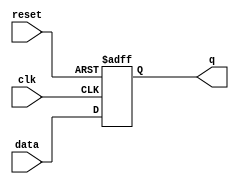
module async_reset_ff (
    input wire reset,      // Asynchronous reset (active-high)
    input wire clk,        // Clock signal
    input wire data,       // Data input signal
    output reg q           // Output stored state
);

// Asynchronous reset behavior
always @(posedge clk or posedge reset) begin
    if (reset) begin
        q <= 1'b0;        // Reset output to 0 when reset is asserted
    end else begin
        q <= data;       // Update output with data on clock edge
    end
end

endmodule